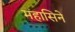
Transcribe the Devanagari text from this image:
महासिने